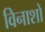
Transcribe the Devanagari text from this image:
विनाशों